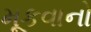
મૂકવાનો